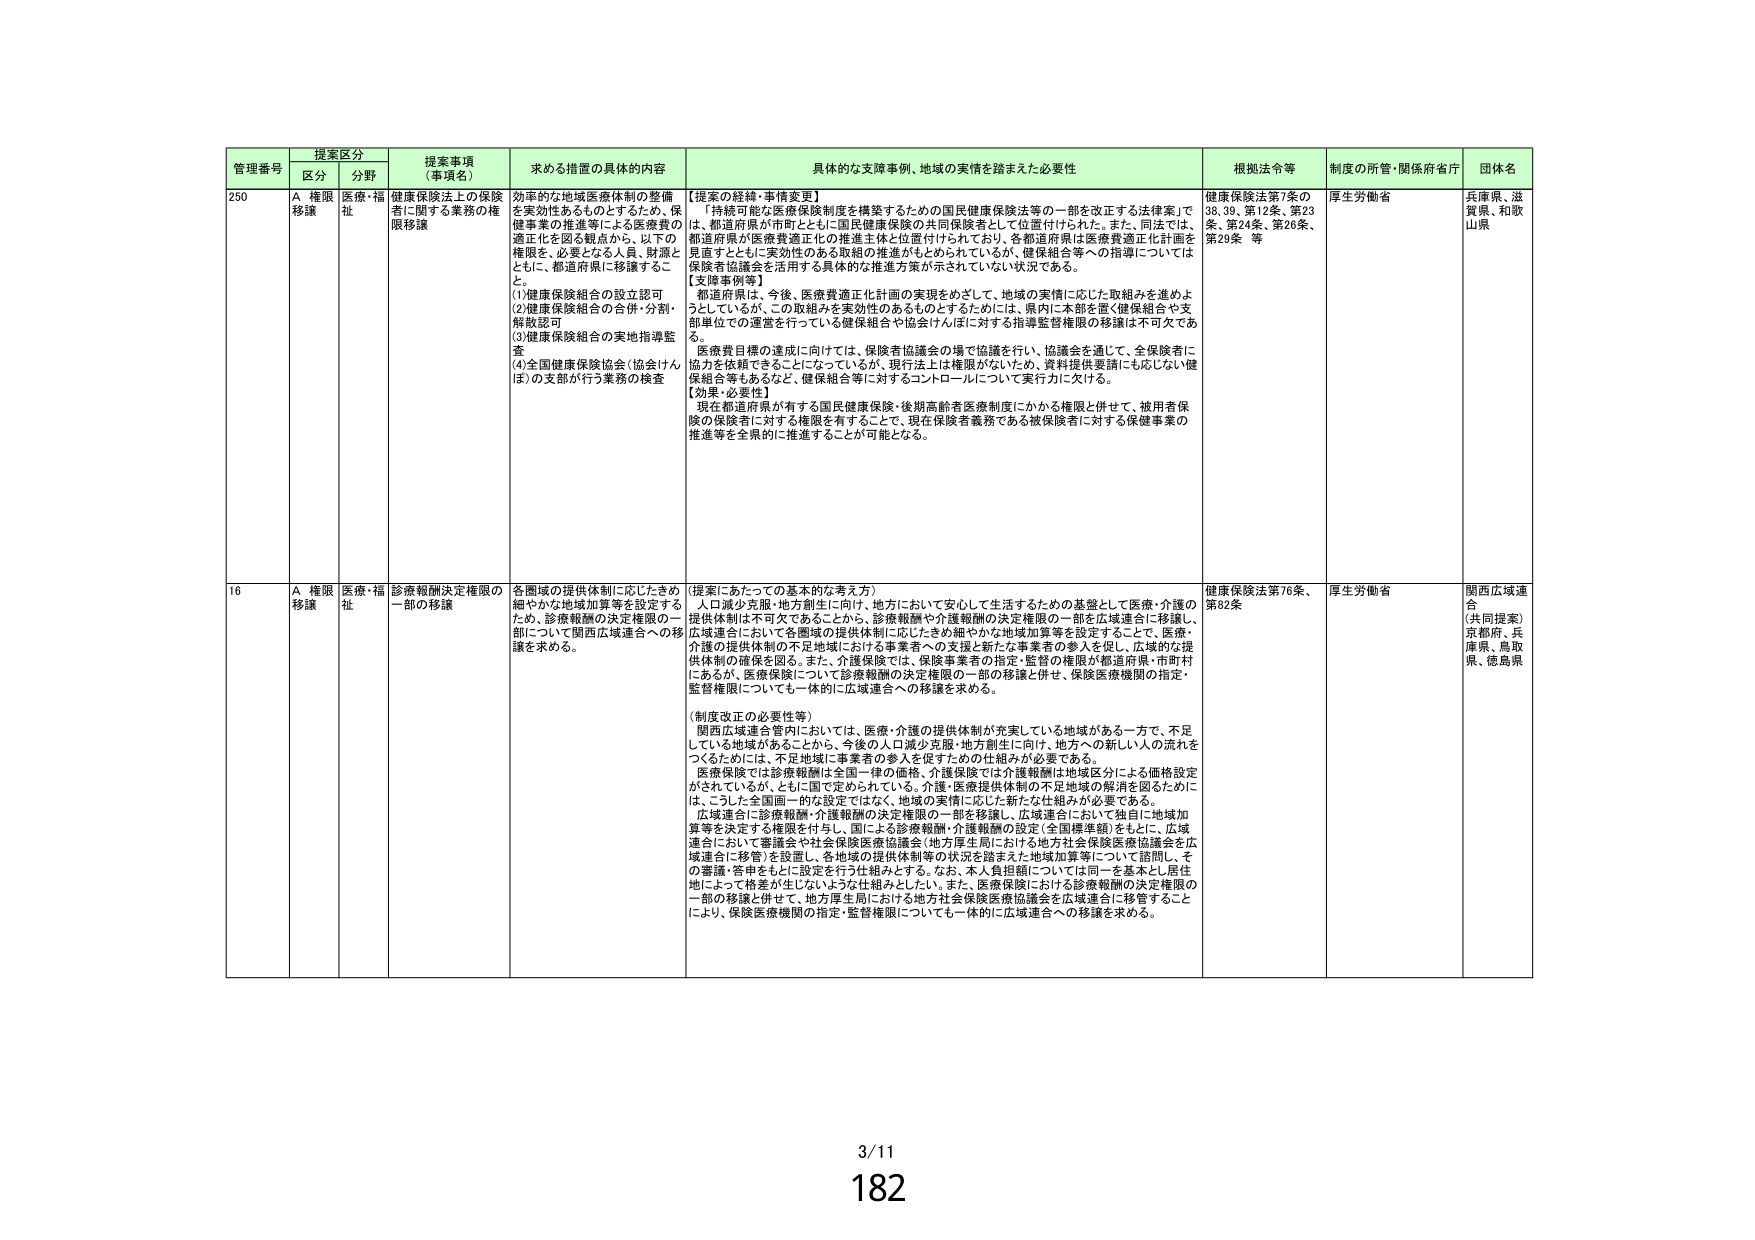
管理番号 提案区分 提案事項（事項名） 求める措置の具体的内容 具体的な支援事例、地域の実情を踏まえた必要性 根拠法令等 制度の所管・関係府省庁 団体名
区分 分野
250 A 権限移譲 医療・福祉 健康保険法上の保険者に関する業務の権限移譲 効率的な地域医療体制の整備を実効性あるものとするため、保健事業の推進等による医療費の適正化を図る観点から、以下の権限を、必要となる人員、財源とともに、都道府県に移譲すること。
(1)健康保険組合の設立認可
(2)健康保険組合の合併・分割・解散認可
(3)健康保険組合の実地指導監査
(4)全国健康保険協会（協会けんぽ）の支部が行う業務の検査 【提案の経緯・事情変更】
「持続可能な医療保険制度を構築するための国民健康保険法等の一部を改正する法律案」で、都道府県が市町村とともに国民健康保険の共同保険者として位置付けられた。また、同法では、都道府県が医療費適正化の推進主体と位置付けられており、各都道府県は医療費適正化計画を見直すとともに実効性のある取組の推進がもとめられているが、保健組合等への指導については保険者協議会を活用する具体的な推進方策が示されていない状況である。
【支援事例等】
都道府県は、今後、医療費適正化計画の実現をめざして、地域の実情に応じた取組みを進めようとしているが、この取組みを実効性のあるものとするためには、県内に本部を置く健康組合や支部単位での運営を行っている健康組合や協会けんぽに対する指導監督権限の移譲は不可欠である。
医療費目標の達成に向けては、保険者協議会の場で協議を行い、協議会を通じて、全保険者に協力を依頼できることになっているが、現行法上は権限がないため、資料提供要請にも応じない健康組合等もあるなど、健保組合等に対するコントロールについて実行力に欠ける。
【効果・必要性】
現在都道府県が有する国民健康保険・後期高齢者医療制度にかかる権限と併せて、被用者保険の保険者に対する権限を有することで、現在保険者義務である被保険者に対する保健事業の推進等を全般的に推進することが可能となる。 健康保険法第7条、第38条、第39条、第12条、第23条、第24条、第26条、第29条 等 厚生労働省 兵庫県、滋賀県、和歌山県
16 A 権限移譲 医療・福祉 診療報酬決定権限の一部の移譲 各地域の提供体制に応じたきめ細やかな地域加算等を設定するため、診療報酬の決定権限の一部について関西広域連合への移譲を求める。 （提案にあたっての基本的な考え方）
人口減少克服・地方創生に向け、地方において安心して生活するための基盤として医療・介護の提供体制は不可欠であることから、診療報酬や介護報酬の決定権限の一部を広域連合に移譲し、広域連合において各圏域の提供体制に応じたきめ細やかな地域加算等を設定することで、医療・介護の提供体制の不足地域における事業者への支援と新たな事業者の参入を促し、広域的な提供体制の確保を図る。また、介護保険では、保険事業者の指定・監督の権限が都道府県・市町村にあるが、医療保険について診療報酬の決定権限の一部の移譲と併せ、保険医療機関の指定・監督権限についても一体的に広域連合への移譲を求める。
（制度改正の必要性等）
関西広域連合管内においては、医療・介護の提供体制が充実している地域がある一方で、不足している地域があることから、今後の人口減少克服・地方創生に向け、地方への新しい人の流れをつくるためには、不足地域に事業者の参入を促すための仕組みが必要である。
医療保険では診療報酬は全国一律の価格、介護保険では介護報酬は地域区分による価格設定がされているが、ともに国で定められている。介護・医療提供体制の不足地域の解消を図るために、こうした全国画一的な設定ではなく、地域の実情に応じた新たな仕組みが必要である。
広域連合に診療報酬・介護報酬の決定権限の一部を移譲し、広域連合において独自に地域加算等を決定する権限を付与し、国による診療報酬・介護報酬の設定（全国標準額）をもとに、広域連合において審議会や社会保険医療協議会（地方厚生局における地方社会保険医療協議会を広域連合に移管）を設置し、各地域の提供体制等の状況を踏まえた地域加算等について諮問し、その審議・答申をもとに設定を行う仕組みとする。なお、本人負担額については同一を基本とし、居住地によって格差が生じしないような仕組みとしたい。また、医療保険における診療報酬の決定権限の一部の移譲と併せて、地方厚生局における地方社会保険医療協議会を広域連合に移管することにより、保険医療機関の指定・監督権限についても一体的に広域連合への移譲を求める。 健康保険法第76条、第82条 厚生労働省 関西広域連合（共同提案）京都府、兵庫県、鳥取県、徳島県
3/11
182